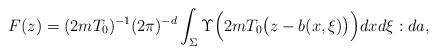
LaTeX: \begin{align*}F(z)=(2mT_0)^{-1}(2\pi )^{-d}\int_\Sigma \Upsilon\Bigl(2mT_0\bigl(z-b (x,\xi )\bigr)\Bigr)dxd\xi :da,\end{align*}